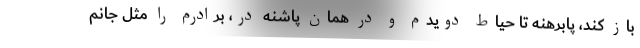
باز کند، پابرهنه تا حیاط دویدم و در همان پاشنه در، برادرم را مثل جانم